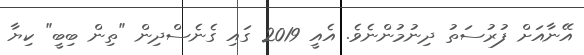
އޭނާއަށް ފުރުސަތު ދިނުމުންނެވެ. އެއީ 2019 ގައި ގެނެސްދިން "ތިން ބިބީ" ކިޔާ